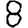
Digit: 8